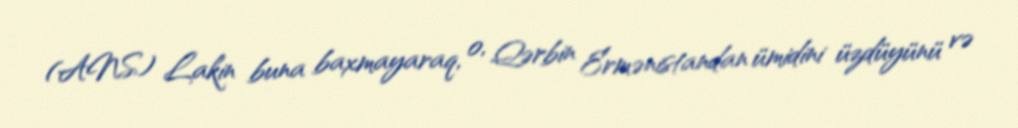
(ANS) Lakin buna baxmayaraq, o, Qərbin Ermənistandan ümidini üzdüyünü və